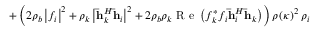
+ \left( 2 \rho _ { b } \left| f _ { i } \right| ^ { 2 } + \rho _ { k } \left| \mathbf { \bar { h } } _ { k } ^ { H } \mathbf { \bar { h } } _ { i } \right| ^ { 2 } + 2 \rho _ { b } \rho _ { k } \textrm { R e } \left( f _ { k } ^ { * } f _ { i } \mathbf { \bar { h } } _ { i } ^ { H } \mathbf { \bar { h } } _ { k } \right) \right) \rho \left( \kappa \right) ^ { 2 } \rho _ { i }